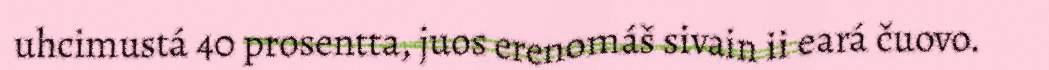
uhcimustá 40 prosentta, juos erenomáš sivain ii eará čuovo.